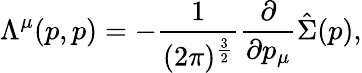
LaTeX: \Lambda^{\mu}(p,p)=-\frac{1}{(2\pi)^{\frac{3}{2}}}\frac{\partial}{\partial p_{\mu}}\hat{\Sigma}(p),